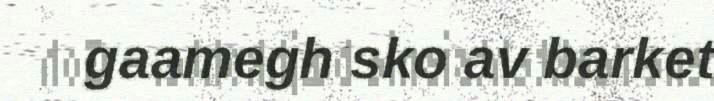
gaamegh sko av barket